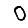
Digit: 0